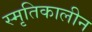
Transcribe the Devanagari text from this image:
स्मृतिकालीन